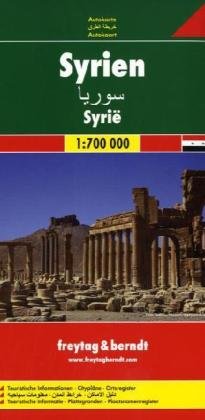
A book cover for Syria; Freytag-Berndt und Artaria; Travel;